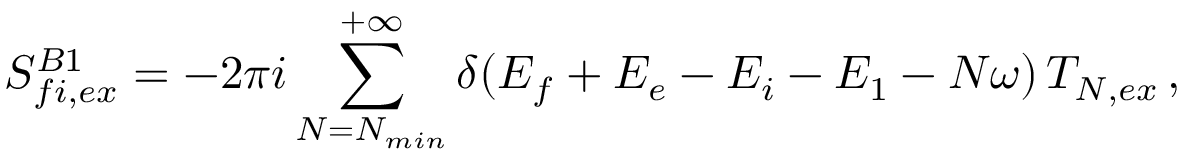
S _ { f i , e x } ^ { B 1 } = - 2 \pi i \sum _ { N = N _ { m i n } } ^ { + \infty } \delta ( E _ { f } + E _ { e } - E _ { i } - E _ { 1 } - N \omega ) \, T _ { N , e x } \, ,